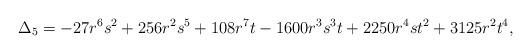
LaTeX: \begin{align*}\Delta_5=-27 r^6 s^2+256 r^2 s^5+108 r^7 t-1600 r^3 s^3 t+2250 r^4 s t^2+3125 r^2 t^4,\end{align*}